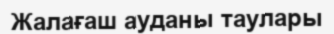
Жалағаш ауданы таулары